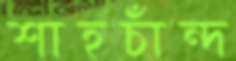
শাহচাঁন্দ